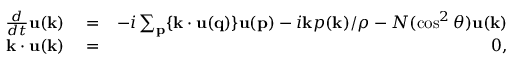
\begin{array} { r l r } { \frac { d } { d t } { \bf u ( k ) } } & { { } = } & { - i \sum _ { \bf p } \{ { \bf k \cdot u ( q ) } \} { \bf u ( p ) } - i { \bf k } p ( { \bf k } ) / \rho - N ( \cos ^ { 2 } \theta ) { \bf u ( k ) } } \\ { { \bf k \cdot u ( k ) } } & { { } = } & { 0 , } \end{array}